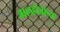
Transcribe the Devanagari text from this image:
मलहोत्रांच्या